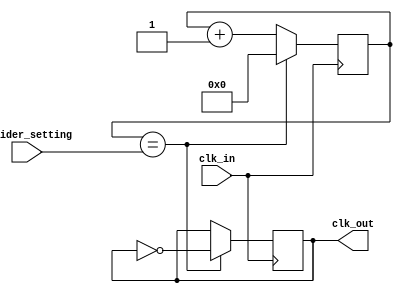
module frequency_divider(
    input wire clk_in,
    input wire [7:0] divider_setting, 
    output reg clk_out
);

reg [7:0] count;

always @(posedge clk_in) begin
    if(count == divider_setting) begin
        count <= 0;
        clk_out <= ~clk_out;
    end else begin
        count <= count + 1;
    end
end

endmodule